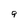
Character: 9